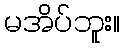
မအိပ်ဘူး။